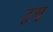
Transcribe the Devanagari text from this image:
टूसू